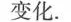
变化.